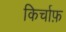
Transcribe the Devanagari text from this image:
किर्चाफ़